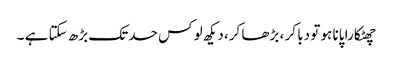
چھٹکارا پانا ہو تو دبا کر ، بڑھا کر، دیکھ لو کس حد تک بڑھ سکتا ہے ۔